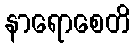
နာရောစေတိ